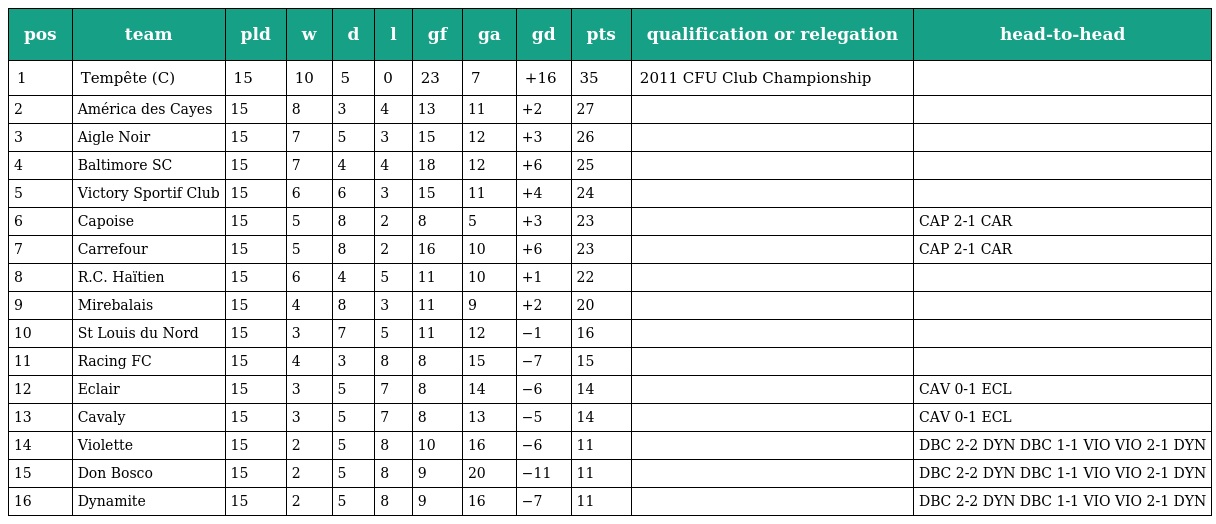
| pos | team | pld | w | d | l | gf | ga | gd | pts | qualification or relegation | head-to-head |
 | --- | --- | --- | --- | --- | --- | --- | --- | --- | --- | --- | --- |
 | 1 | Tempête (C) | 15 | 10 | 5 | 0 | 23 | 7 | +16 | 35 | 2011 CFU Club Championship |  |
 | 2 | América des Cayes | 15 | 8 | 3 | 4 | 13 | 11 | +2 | 27 |  |  |
 | 3 | Aigle Noir | 15 | 7 | 5 | 3 | 15 | 12 | +3 | 26 |  |  |
 | 4 | Baltimore SC | 15 | 7 | 4 | 4 | 18 | 12 | +6 | 25 |  |  |
 | 5 | Victory Sportif Club | 15 | 6 | 6 | 3 | 15 | 11 | +4 | 24 |  |  |
 | 6 | Capoise | 15 | 5 | 8 | 2 | 8 | 5 | +3 | 23 |  | CAP 2-1 CAR |
 | 7 | Carrefour | 15 | 5 | 8 | 2 | 16 | 10 | +6 | 23 |  | CAP 2-1 CAR |
 | 8 | R.C. Haïtien | 15 | 6 | 4 | 5 | 11 | 10 | +1 | 22 |  |  |
 | 9 | Mirebalais | 15 | 4 | 8 | 3 | 11 | 9 | +2 | 20 |  |  |
 | 10 | St Louis du Nord | 15 | 3 | 7 | 5 | 11 | 12 | −1 | 16 |  |  |
 | 11 | Racing FC | 15 | 4 | 3 | 8 | 8 | 15 | −7 | 15 |  |  |
 | 12 | Eclair | 15 | 3 | 5 | 7 | 8 | 14 | −6 | 14 |  | CAV 0-1 ECL |
 | 13 | Cavaly | 15 | 3 | 5 | 7 | 8 | 13 | −5 | 14 |  | CAV 0-1 ECL |
 | 14 | Violette | 15 | 2 | 5 | 8 | 10 | 16 | −6 | 11 |  | DBC 2-2 DYN DBC 1-1 VIO VIO 2-1 DYN |
 | 15 | Don Bosco | 15 | 2 | 5 | 8 | 9 | 20 | −11 | 11 |  | DBC 2-2 DYN DBC 1-1 VIO VIO 2-1 DYN |
 | 16 | Dynamite | 15 | 2 | 5 | 8 | 9 | 16 | −7 | 11 |  | DBC 2-2 DYN DBC 1-1 VIO VIO 2-1 DYN |